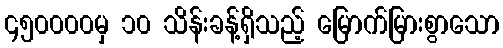
၄၅၀၀၀၀မှ ၁၀ သိန်းခန့်ရှိသည့် မြောက်မြားစွာသော